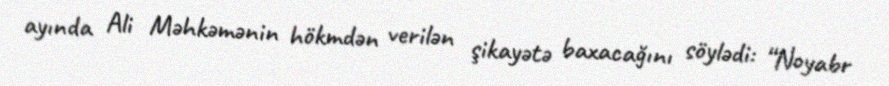
ayında Ali Məhkəmənin hökmdən verilən şikayətə baxacağını söylədi: “Noyabr